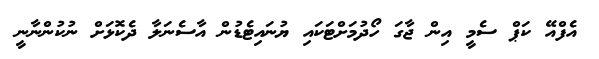
އެފްއޭ ކަޕް ސެމީ އިން ޖާގަ ހޯދުމަށްޓަކައި ޔުނައިޓެޑުން އާސެނަލާ ދެކޮޅަށް ނުކުންނާނީ